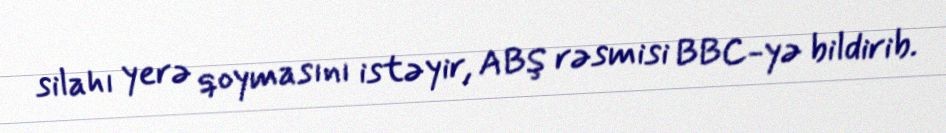
silahı yerə qoymasını istəyir, ABŞ rəsmisi BBC-yə bildirib.